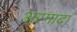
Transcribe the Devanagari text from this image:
अरगादा